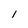
Character: 1